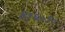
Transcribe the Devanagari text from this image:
४१६०१०